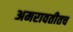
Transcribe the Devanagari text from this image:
अमरावतीतच